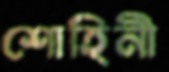
শোহিনী